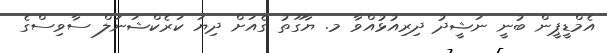
އެމްޑީޕީން ބުނީ ނަޝީދު ދިރިއުޅުއްވާ މ. ޔާގޫތު ގެއަށް ދިޔަ ކަރެކްޝަނަލް ސާވިސްގެ